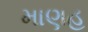
માણહ